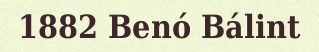
1882 Benó Bálint